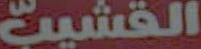
القشيب